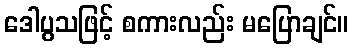
ဒေါပွသဖြင့် စကားလည်း မပြောချင်။